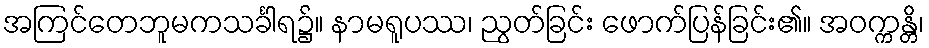
အကြင်တေဘူမကသင်္ခါရ၌။ နာမရူပဿ၊ ညွတ်ခြင်း ဖောက်ပြန်ခြင်း၏။ အဝက္ကန္တိ၊